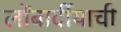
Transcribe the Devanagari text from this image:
लोंबार्दीयाची